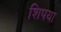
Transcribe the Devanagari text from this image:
शिपया